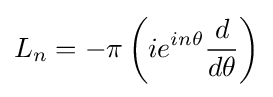
{L_{n}=-\pi \left(ie^{in\theta }{d \over d\theta }\right)}